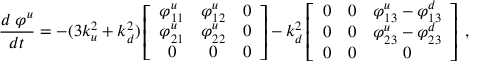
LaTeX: \frac { d \; \varphi ^ { u } } { d t } = - ( 3 k _ { u } ^ { 2 } + k _ { d } ^ { 2 } ) \left[ \begin{array} { c c c } { { \varphi _ { 1 1 } ^ { u } } } & { { \varphi _ { 1 2 } ^ { u } } } & { { 0 } } \\ { { \varphi _ { 2 1 } ^ { u } } } & { { \varphi _ { 2 2 } ^ { u } } } & { { 0 } } \\ { { 0 } } & { { 0 } } & { { 0 } } \end{array} \right] - k _ { d } ^ { 2 } \left[ \begin{array} { c c c } { { 0 } } & { { 0 } } & { { \varphi _ { 1 3 } ^ { u } - \varphi _ { 1 3 } ^ { d } } } \\ { { 0 } } & { { 0 } } & { { \varphi _ { 2 3 } ^ { u } - \varphi _ { 2 3 } ^ { d } } } \\ { { 0 } } & { { 0 } } & { { 0 } } \end{array} \right] \; ,